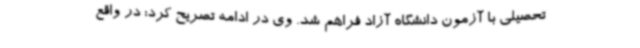
تحصیلی با آزمون دانشگاه آزاد فراهم شد. وی در ادامه تصریح کرد: در واقع